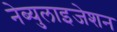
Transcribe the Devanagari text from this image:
नेब्युलाइजेशन